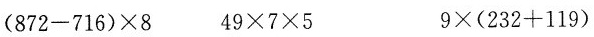
$$( 8 7 2 - 7 1 6 ) \times 8$$ $$4 9 \times 7 \times 5$$ $$9 \times ( 2 3 2 + 1 1 9 )$$